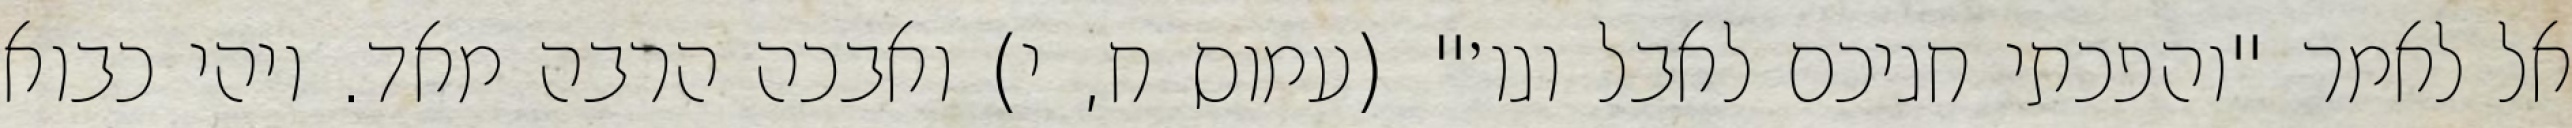
אל לאמר "והפכתי חגיכם לאבל וגו׳" (עמוס ח, י) ואבכה הרבה מאד. ויהי כבוא